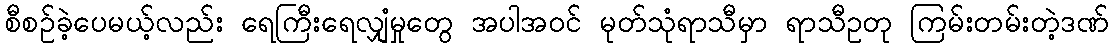
စီစဉ်ခဲ့ပေမယ့်လည်း ရေကြီးရေလျှံမှုတွေ အပါအဝင် မုတ်သုံရာသီမှာ ရာသီဥတု ကြမ်းတမ်းတဲ့ဒဏ်